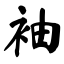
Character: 袖